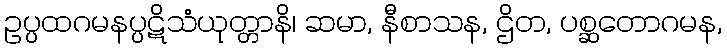
ဥပ္ပထဂမနပ္ပဋိသံယုတ္တာနိ၊ ဆမာ, နီစာသန, ဌိတ, ပစ္ဆတောဂမန,